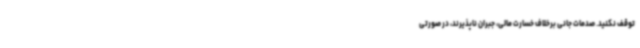
توقف نکنید. صدمات جانی برخلاف خسارت مالی، جبران ناپذیرند، در صورتی